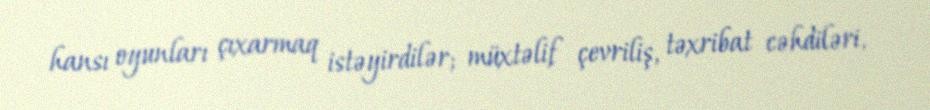
hansı oyunları çıxarmaq istəyirdilər; müxtəlif çevriliş, təxribat cəhdiləri,